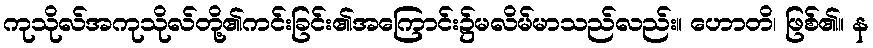
ကုသိုလ်အကုသိုလ်တို့၏ကင်းခြင်း၏အကြောင်း၌မလိမ်မာသည်လည်း။ ဟောတိ၊ ဖြစ်၏။ န